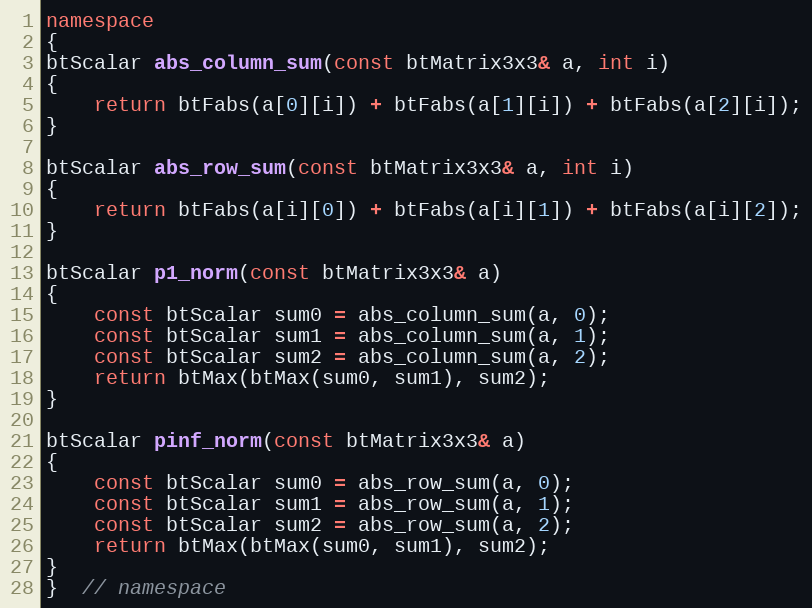
Language: C++
namespace
{
btScalar abs_column_sum(const btMatrix3x3& a, int i)
{
	return btFabs(a[0][i]) + btFabs(a[1][i]) + btFabs(a[2][i]);
}

btScalar abs_row_sum(const btMatrix3x3& a, int i)
{
	return btFabs(a[i][0]) + btFabs(a[i][1]) + btFabs(a[i][2]);
}

btScalar p1_norm(const btMatrix3x3& a)
{
	const btScalar sum0 = abs_column_sum(a, 0);
	const btScalar sum1 = abs_column_sum(a, 1);
	const btScalar sum2 = abs_column_sum(a, 2);
	return btMax(btMax(sum0, sum1), sum2);
}

btScalar pinf_norm(const btMatrix3x3& a)
{
	const btScalar sum0 = abs_row_sum(a, 0);
	const btScalar sum1 = abs_row_sum(a, 1);
	const btScalar sum2 = abs_row_sum(a, 2);
	return btMax(btMax(sum0, sum1), sum2);
}
}  // namespace